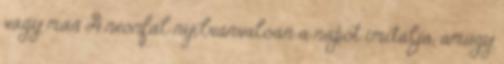
vagy más A neonfal nyilvánvalóan a napot imitálja, amúgy